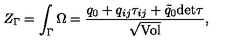
Z _ { \Gamma } = \int _ { \Gamma } \Omega = { \frac { q _ { 0 } + q _ { i j } \tau _ { i j } + \tilde { q } _ { 0 } \mathrm { d e t } \tau } { \sqrt \mathrm { V o l } } } ,